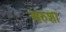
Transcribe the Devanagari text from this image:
अरुशा